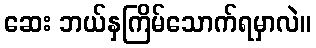
ဆေး ဘယ်နှကြိမ်သောက်ရမှာလဲ။